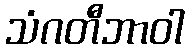
သံဂတီဘာဝါ